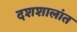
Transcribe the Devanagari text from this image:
दशशालांत